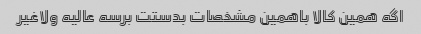
اگه همین کالا باهمین مشخصات بدستت برسه عالیه ولاغیر